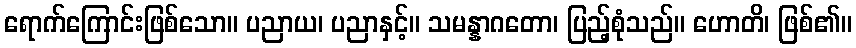
ရောက်ကြောင်းဖြစ်သော။ ပညာယ၊ ပညာနှင့်။ သမန္နာဂတော၊ ပြည့်စုံသည်။ ဟောတိ၊ ဖြစ်၏။